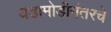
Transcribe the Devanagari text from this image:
घडामोडीनंतरचे